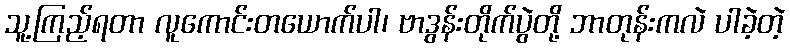
သူ့ကြည့်ရတာ လူကောင်းတယောက်ပါ၊ ဗာဒွန်းတိုက်ပွဲတို့ ဘာတုန်းကလဲ ပါခဲ့တဲ့